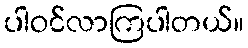
ပါဝင်လာကြပါတယ်။